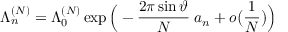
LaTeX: \Lambda _ { n } ^ { ( N ) } = \Lambda _ { 0 } ^ { ( N ) } \exp \Big ( - \frac { 2 \pi \sin \vartheta } N \; { a _ { n } } + o \big ( \frac 1 N \big ) \Big )